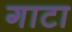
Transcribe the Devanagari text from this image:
गाटा